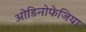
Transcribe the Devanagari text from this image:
ओडिनोफेजिया